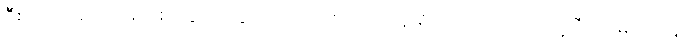
ဦးဌေးအောင်သည် စားပွဲပေါ်တွင် တင်ထားသော ဖုန်းရှိရာသို့ လှည့်ကြည့်ပြီး လှမ်းယူရန်